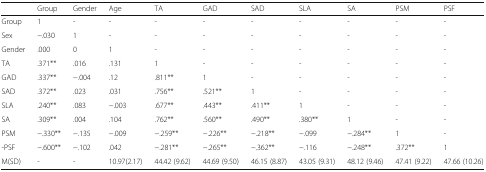
|  | Group | Gender | Age | TA | GAD | SAD | SLA | SA | PSM | PSF |
 | --- | --- | --- | --- | --- | --- | --- | --- | --- | --- | --- |
 | Group | 1 | - | - | - | - | - | - | - | - | - |
 | Sex | −.030 | 1 | - | - | - | - | - | - | - | - |
 | Gender | .000 | 0 | 1 | - | - | - | - | - | - | - |
 | TA | .371** | .016 | .131 | 1 | - | - | - | - | - | - |
 | GAD | .337** | −.004 | .12 | .811** | 1 | - | - | - | - | - |
 | SAD | .372** | .023 | .031 | .756** | .521** | 1 | - | - | - | - |
 | SLA | .240** | .083 | −.003 | .677** | .443** | .411** | 1 | - | - | - |
 | SA | .309** | .004 | .104 | .762** | .560** | .490** | .380** | 1 | - | - |
 | PSM | −.330** | −.135 | −.009 | −.259** | −.226** | −.218** | −.099 | −.284** | 1 | - |
 | -PSF | −.600** | −.102 | .042 | −.281** | −.265** | −.362** | −.116 | −.248** | .372** | 1 |
 | M(SD) | - | - | 10.97(2.17) | 44.42 (9.62) | 44.69 (9.50) | 46.15 (8.87) | 43.05 (9.31) | 48.12 (9.46) | 47.41 (9.22) | 47.66 (10.26) |